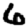
Digit: 6